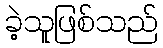
ခဲ့သူဖြစ်သည်